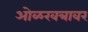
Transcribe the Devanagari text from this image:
ओळखत्रावर